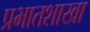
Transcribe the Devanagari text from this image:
प्रभातशाखा